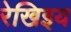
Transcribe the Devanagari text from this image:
रेखिइय